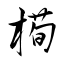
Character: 槆